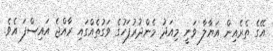
އޭގެ ތެރެއިން އަޔާލާ ވަނީ މިއަދު މެންދުރުފަހުގެ ވަގުތެއްގައި ރާއްޖެ އައިސްފަ އެވެ.